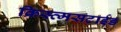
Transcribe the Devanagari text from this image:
क्रिस्त्मसटाईड